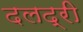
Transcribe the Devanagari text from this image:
दलद्री